Annual administration report of the Civil Veterinary Department of India - 1895-1896
Year: 1895
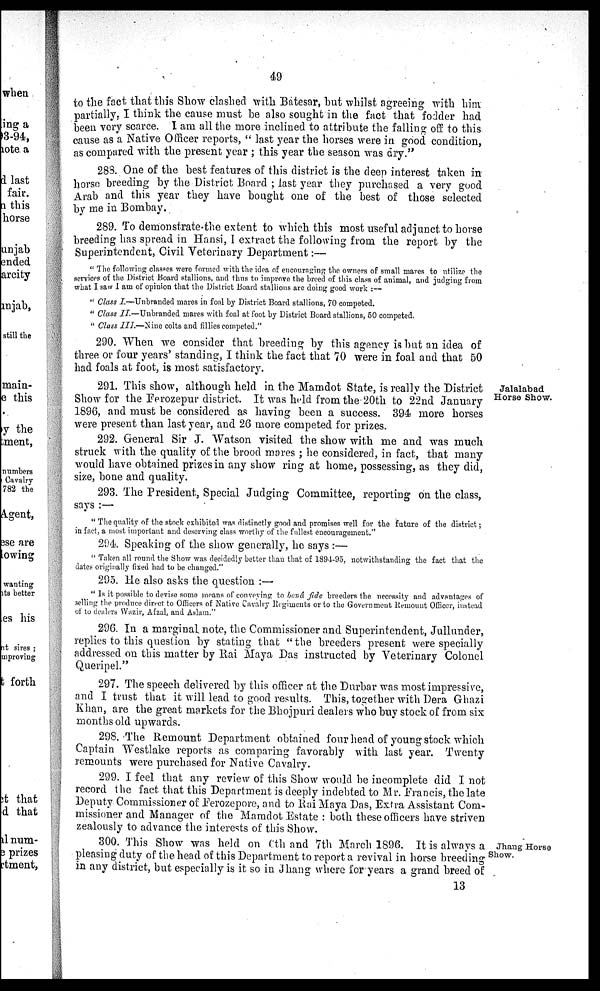
49
to the fact that this Show clashed with Batesar, but whilst agreeing with him
partially. I think the cause must be also sought in the fact that fodder had
been very scarce. I am all the more inclined to attribute the falling off to this
cause as a Native Officer reports, " last year the horses were in good condition,
as compared with the present year; this year the season was dry."
288. One of the best features of this district is the deep interest taken in
horse breeding by the District Board; last year they purchased a very good
Arab and this year they have bought one of the best of those selected
by me in Bombay.
289. To demonstrate the extent to which this most useful adjunct to horse
breeding has spread in Hansi, I extract the following from the report by the
Superintendent, Civil Veterinary Department:—
"The following classes were formed with the idea of encouraging the owners of small mares to utilize the
services of the District Board stallions, and thus to improve the breed of this class of animal, and judging from
what I saw I am of opinion that the District Board stallions are doing good work:—
"Class I.—Unbranded mares in foal by District Board stallions, 70 competed.
"Class II.—Unbranded
mares with foal at foot by District Board stallions, 50 competed.
"Class III.—Nine colts and fillies competed."
290. When we consider that breeding by this agency is but an idea of
three or four years' standing, I think the fact that 70 were in foal and that 50
had foals at foot, is most satisfactory.
Jalalabad
Horse Show.
291. This show, although held in the Mamdot State, is really the District
Show for the Ferozepur district. It was held from the 20th to 22nd January
1896, and must be considered as having been a success. 394 more horses
were present than last year, and 26 more competed for prizes.
292. General Sir J. Watson visited the show with me and was much
struck with the quality of the brood mares ; he considered, in fact, that many
would have obtained prizes in any show ring at home, possessing, as they did,
size, bone and quality.
293. The President, Special Judging Committee, reporting on the class,
says:—
"The quality of the stock exhibited was distinctly good and promises well for the future of the district;
in fact, a most important and deserving class worthy of the fullest eucouragement."
294. Speaking of the show generally, he says:—
"Taken all round the Show was decidedly better than that of 1894-95, notwithstanding the fact that the
dates originally fixed had to be changed."
295. He also asks the question:—
"Is it possible to devise some means of conveying to bonâ fide breeders the necessity and advantages of
selling the produce direct to Officers of Native Cavalry Regiments or to the Government Remount Officer, instead
of to dealers Wazir, Afzal, and Aslam."
296. In a marginal note, the Commissioner and Superintendent, Jullunder,
replies to this question by stating that "the breeders present were specially
addressed on this matter by Rai Maya Das instructed by Veterinary Colonel
Queripel."
297. The speech delivered by this officer at the Durbar was most impressive,
and I trust that it will lead to good results. This, together with Dera Ghazi
Khan, are the great markets for the Bhojpuri dealers who buy stock of from six
months old upwards.
298. The Remount Department obtained four head of young stock which
Captain Westlake reports as comparing favorably with last year. Twenty
remounts were purchased for Native Cavalry.
299. I feel that any review of this Show would be incomplete did I not
record the fact that this Department is deeply indebted to Mr. Francis, the late
Deputy Commissioner of Ferozepore, and to Rai Maya Das, Extra Assistant Com-
missioner and Manager of the Mamdot Estate : both these officers have striven
zealously to advance the interests of this Show.
Jhang Horse
Show.
300. This Show was held on 6th and 7th March 1896. It is always a
pleasing duty of the head of this Department to report a revival in horse breeding
in any district, but especially is it so in Jhang where for years a grand breed of
13